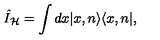
\hat { I } _ { \mathcal { H } } = \int d x | x , n \rangle \langle x , n | ,